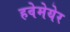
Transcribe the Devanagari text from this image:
हवेमेयेर